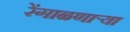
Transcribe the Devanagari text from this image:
रेंगाळणार्‍या